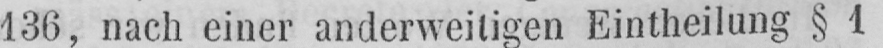
136, nach einer anderweitigen Eintheilung § 1